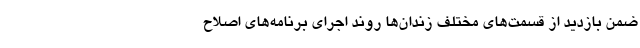
ضمن بازدید از قسمت‌های مختلف زندان‌ها روند اجرای برنامه‌های اصلاح